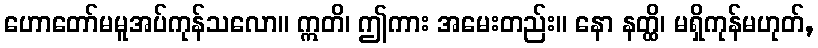
ဟောတော်မမူအပ်ကုန်သလော။ ဣတိ၊ ဤကား အမေးတည်း။ နော နတ္ထိ၊ မရှိကုန်မဟုတ်,